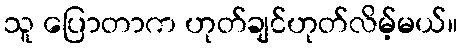
သူ ပြောတာက ဟုတ်ချင်ဟုတ်လိမ့်မယ်။